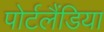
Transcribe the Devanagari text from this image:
पोर्टलैंडिया